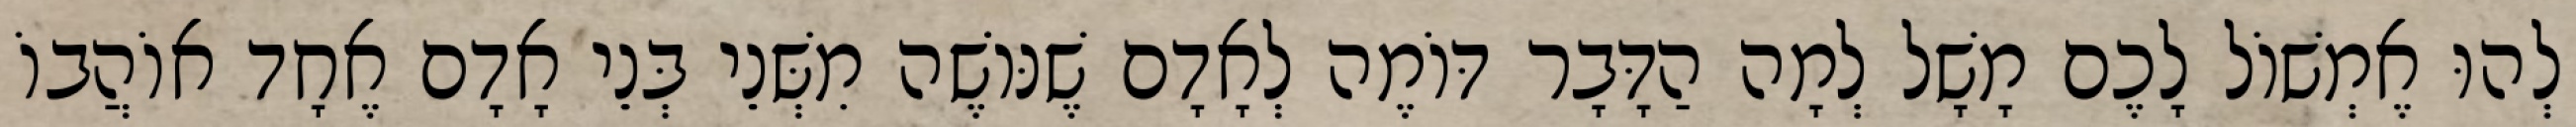
לְהוּ אֶמְשׁוֹל לָכֶם מָשָׁל לְמָה הַדָּבָר דּוֹמֶה לְאָדָם שֶׁנּוֹשֶׁה מִשְּׁנֵי בְּנֵי אָדָם אֶחָד אוֹהֲבוֹ